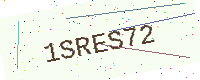
Text: 1SRES72